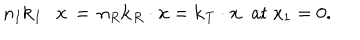
LaTeX: n _ { I } { \bf k } _ { I } \cdot { \bf x } \, = \, n _ { R } { \bf k } _ { R } \cdot { \bf x } = { \bf k } _ { T } \cdot { \bf x } \; \; \mathrm { a t } \; x _ { 1 } = 0 .